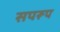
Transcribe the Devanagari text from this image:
सपरूप